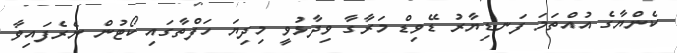
ކެންޔާގެ އުއްތަމަ ފަނޑިޔާރު ޑޭވިޑް މަރާގާ ވިދާޅުވީ މިދިޔަ ހަފްތާގައި ކޯޓުން ނެރެފައިވާ